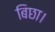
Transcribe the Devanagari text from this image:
बिछा।